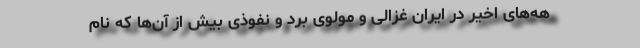
هه‌های اخیر در ایران غزالی و مولوی بُرد و نفوذی بیش از آن‌ها که نام